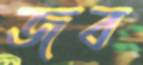
জব